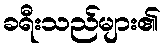
ခရီးသည်များ၏